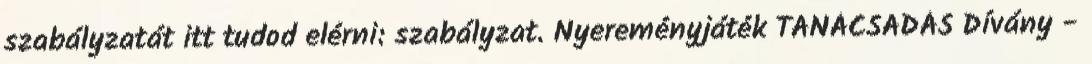
szabályzatát itt tudod elérni: szabályzat. Nyereményjáték TANÁCSADÁS Dívány -